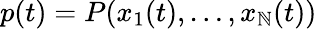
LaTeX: p(t)=P(x_{1}(t),\ldots,x_{\mathbb{N}}(t))